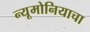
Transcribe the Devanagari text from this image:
न्यूमोनियाचा